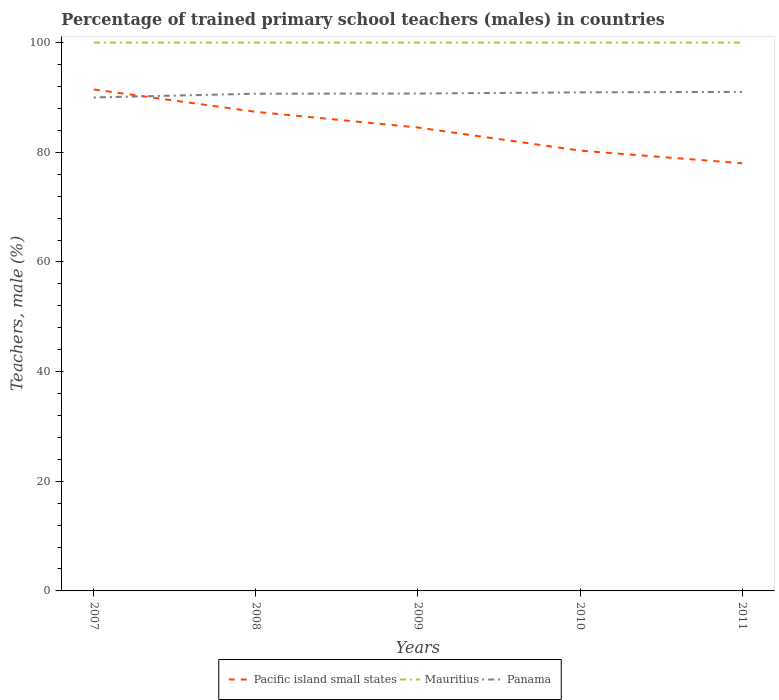
| Years | Pacific island small states | Mauritius | Panama |
 | --- | --- | --- | --- |
 | 2007 | 91.5 | 100 | 90 |
 | 2008 | 87.4 | 100 | 90.7 |
 | 2009 | 84.5 | 100 | 90.7 |
 | 2010 | 80.3 | 100 | 90.9 |
 | 2011 | 78 | 100 | 91 |